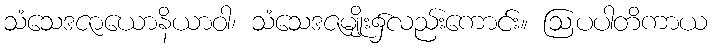
သံသေဒဇာယောနိယာဝါ၊ သံသေဒဇမျိုး၌လည်းကောင်း။ ဩပပါတိကာယ